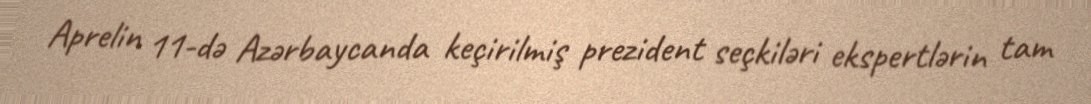
Aprelin 11-də Azərbaycanda keçirilmiş prezident seçkiləri ekspertlərin tam